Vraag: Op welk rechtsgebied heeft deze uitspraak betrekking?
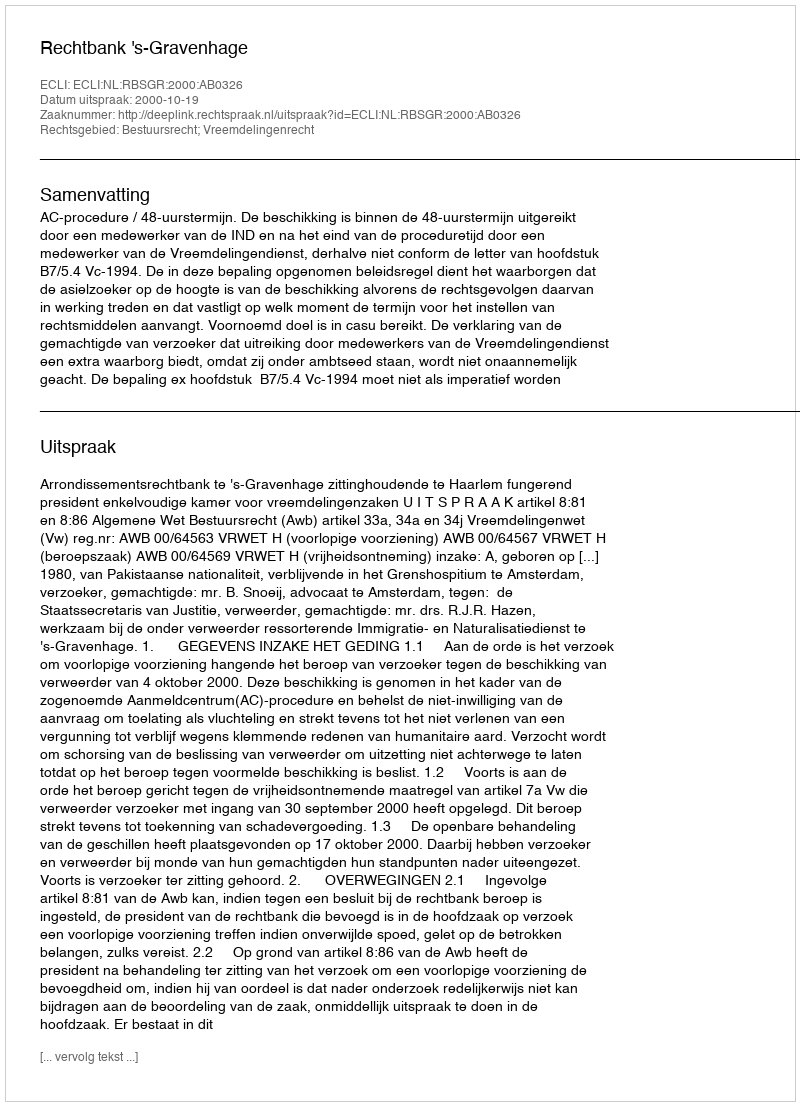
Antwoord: Bestuursrecht; Vreemdelingenrecht